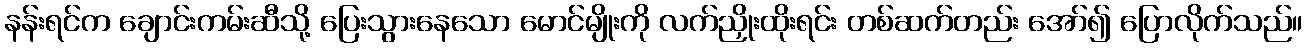
နန်းရင်က ချောင်းကမ်းဆီသို့ ပြေးသွားနေသော မောင်မျိုးကို လက်ညှိုးထိုးရင်း တစ်ဆက်တည်း အော်၍ ပြောလိုက်သည်။